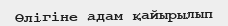
Өлігіне адам қайырылып